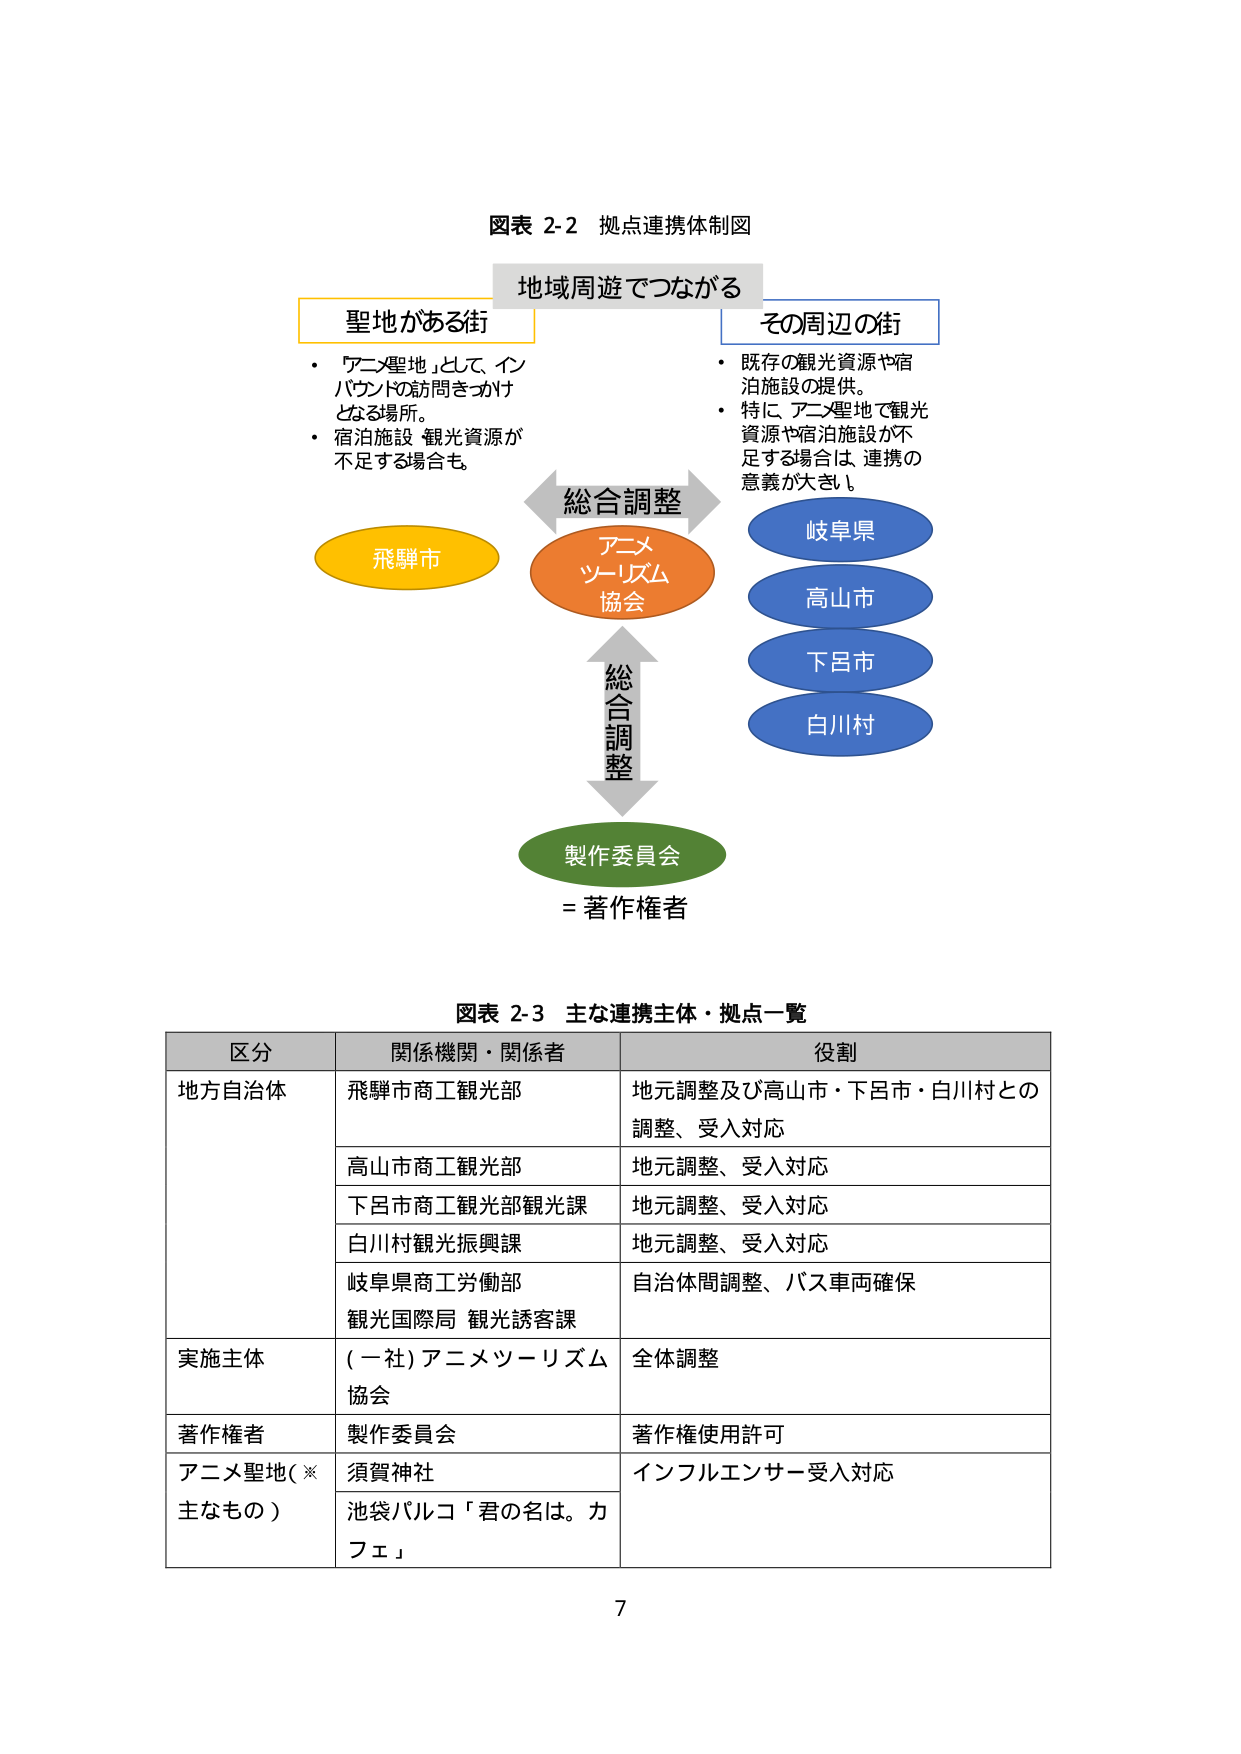
図表 2-2 拠点連携体制図

地域周遊でつながる

聖地がある街
・「アニメ聖地」として、インバウンドの訪問きっかけとなる場所。
・宿泊施設・観光資源が不足する場合も。

その周辺の街
・既存の観光資源や宿泊施設の提供。
・特に、アニメ聖地で観光資源や宿泊施設が不足する場合は、連携の意義が大きい。

総合調整

飛騨市

アニメツーリズム協会

岐阜県
高山市
下呂市
白川村

総合調整

製作委員会
＝著作権者

図表 2-3 主な連携主体・拠点一覧

区分 関係機関・関係者 役割
地方自治体 飛騨市商工観光部 地元調整及び高山市・下呂市・白川村との調整、受入対応
　　　　　高山市商工観光部 地元調整、受入対応
　　　　　下呂市商工観光部観光課 地元調整、受入対応
　　　　　白川村観光振興課 地元調整、受入対応
　　　　　岐阜県商工労働部 観光国際局 観光誘客課 自治体間調整、バス車両確保
実施主体 (一社)アニメツーリズム協会 全体調整
著作権者 製作委員会 著作権使用許可
アニメ聖地(※主なもの) 須賀神社 インフルエンサー受入対応
　　　　　池袋パルコ「君の名は。カフェ」

7